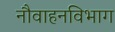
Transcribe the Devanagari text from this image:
नौवाहनविभाग